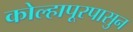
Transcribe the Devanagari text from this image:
कोल्हापूरपासुन